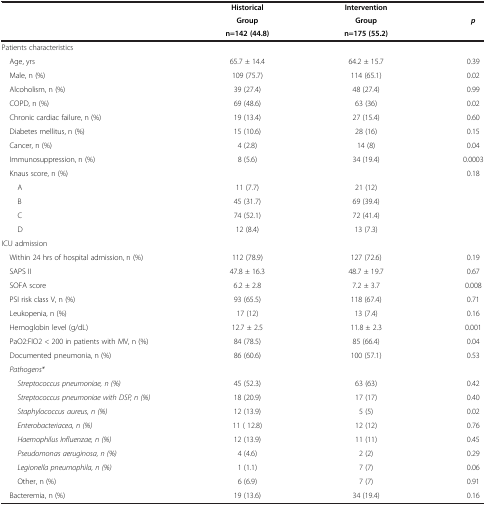
<table><thead><tr><td><b> </b></td><td><b>Historical</b></td><td><b>Intervention</b></td><td><b> </b></td></tr><tr><td><b> </b></td><td><b>Group</b></td><td><b>Group</b></td><td><b><i>p</i></b></td></tr><tr><td><b> </b></td><td><b>n=142 (44.8)</b></td><td><b>n=175 (55.2)</b></td><td><b> </b></td></tr></thead><tbody><tr><td>Patients characteristics</td><td> </td><td> </td><td> </td></tr><tr><td> Age, yrs</td><td>65.7 ± 14.4</td><td>64.2 ± 15.7</td><td>0.39</td></tr><tr><td> Male, n (%)</td><td>109 (75.7)</td><td>114 (65.1)</td><td>0.02</td></tr><tr><td> Alcoholism, n (%)</td><td>39 (27.4)</td><td>48 (27.4)</td><td>0.99</td></tr><tr><td> COPD, n (%)</td><td>69 (48.6)</td><td>63 (36)</td><td>0.02</td></tr><tr><td> Chronic cardiac failure, n (%)</td><td>19 (13.4)</td><td>27 (15.4)</td><td>0.60</td></tr><tr><td> Diabetes mellitus, n (%)</td><td>15 (10.6)</td><td>28 (16)</td><td>0.15</td></tr><tr><td> Cancer, n (%)</td><td>4 (2.8)</td><td>14 (8)</td><td>0.04</td></tr><tr><td> Immunosuppression, n (%)</td><td>8 (5.6)</td><td>34 (19.4)</td><td>0.0003</td></tr><tr><td> Knaus score, n (%)</td><td> </td><td> </td><td>0.18</td></tr><tr><td>A</td><td>11 (7.7)</td><td>21 (12)</td><td> </td></tr><tr><td>B</td><td>45 (31.7)</td><td>69 (39.4)</td><td> </td></tr><tr><td>C</td><td>74 (52.1)</td><td>72 (41.4)</td><td> </td></tr><tr><td>D</td><td>12 (8.4)</td><td>13 (7.3)</td><td> </td></tr><tr><td>ICU admission</td><td> </td><td> </td><td> </td></tr><tr><td> Within 24 hrs of hospital admission, n (%)</td><td>112 (78.9)</td><td>127 (72.6)</td><td>0.19</td></tr><tr><td> SAPS II</td><td>47.8 ± 16.3</td><td>48.7 ± 19.7</td><td>0.67</td></tr><tr><td> SOFA score</td><td>6.2 ± 2.8</td><td>7.2 ± 3.7</td><td>0.008</td></tr><tr><td> PSI risk class V, n (%)</td><td>93 (65.5)</td><td>118 (67.4)</td><td>0.71</td></tr><tr><td> Leukopenia, n (%)</td><td>17 (12)</td><td>13 (7.4)</td><td>0.16</td></tr><tr><td> Hemoglobin level (g/dL)</td><td>12.7 ± 2.5</td><td>11.8 ± 2.3</td><td>0.001</td></tr><tr><td> PaO2:FIO2 &lt; 200 in patients with MV, n (%)</td><td>84 (78.5)</td><td>85 (66.4)</td><td>0.04</td></tr><tr><td> Documented pneumonia, n (%)</td><td>86 (60.6)</td><td>100 (57.1)</td><td>0.53</td></tr><tr><td> <i>Pathogens*</i></td><td> </td><td> </td><td> </td></tr><tr><td><i>Streptococcus pneumoniae, n (%)</i></td><td>45 (52.3)</td><td>63 (63)</td><td>0.42</td></tr><tr><td><i>Streptococcus pneumoniae with DSP, n (%)</i></td><td>18 (20.9)</td><td>17 (17)</td><td>0.40</td></tr><tr><td><i>Staphylococcus aureus, n (%)</i></td><td>12 (13.9)</td><td>5 (5)</td><td>0.02</td></tr><tr><td><i>Enterobacteriacea, n (%)</i></td><td>11 ( 12.8)</td><td>12 (12)</td><td>0.76</td></tr><tr><td><i>Haemophilus Influenzae, n (%)</i></td><td>12 (13.9)</td><td>11 (11)</td><td>0.45</td></tr><tr><td><i>Pseudomonas aeruginosa, n (%)</i></td><td>4 (4.6)</td><td>2 (2)</td><td>0.29</td></tr><tr><td><i>Legionella pneumophila, n (%)</i></td><td>1 (1.1)</td><td>7 (7)</td><td>0.06</td></tr><tr><td>Other, n (%)</td><td>6 (6.9)</td><td>7 (7)</td><td>0.91</td></tr><tr><td> Bacteremia, n (%)</td><td>19 (13.6)</td><td>34 (19.4)</td><td>0.16</td></tr></tbody></table>